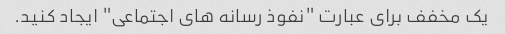
یک مخفف برای عبارت "نفوذ رسانه های اجتماعی" ایجاد کنید.